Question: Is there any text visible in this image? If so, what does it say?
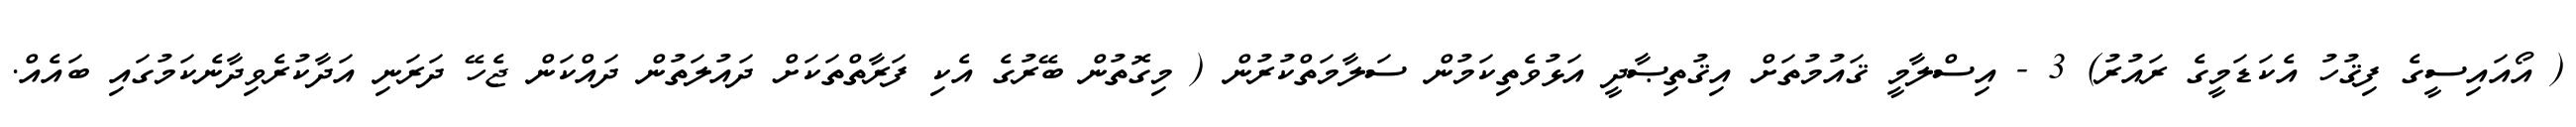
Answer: ( އޯއައިސީގެ ފިޤުހު އެކަޑަމީގެ ރައުރު) 3 - އިސްލާމީ ޤައުމުތަށް އިޤުތިޞާދީ އަޅުވެތިކަމުން ސަލާމަތްކުރުން ( މިގޮތުން ބޭރުގެ އެކި ފަރާތްތަކަށް ދައުލަތުން ދައްކަން ޖެހޭ ދަރަނި އަދާކުރެވިދާނެކަމުގައި ބައެއް.